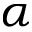
\alpha